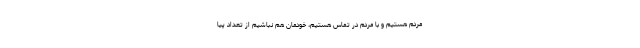
مردم هستیم و با مردم در تماس هستیم، خودمان هم نباشیم از تعداد پیا